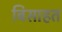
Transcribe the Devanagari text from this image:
बिसाहत